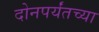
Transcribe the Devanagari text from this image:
दोनपर्यंतच्या